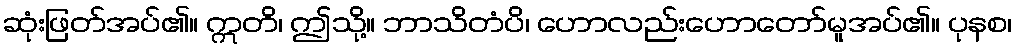
ဆုံးဖြတ်အပ်၏။ ဣတိ၊ ဤသို့။ ဘာသိတံပိ၊ ဟောလည်းဟောတော်မူအပ်၏။ ပုနစ၊